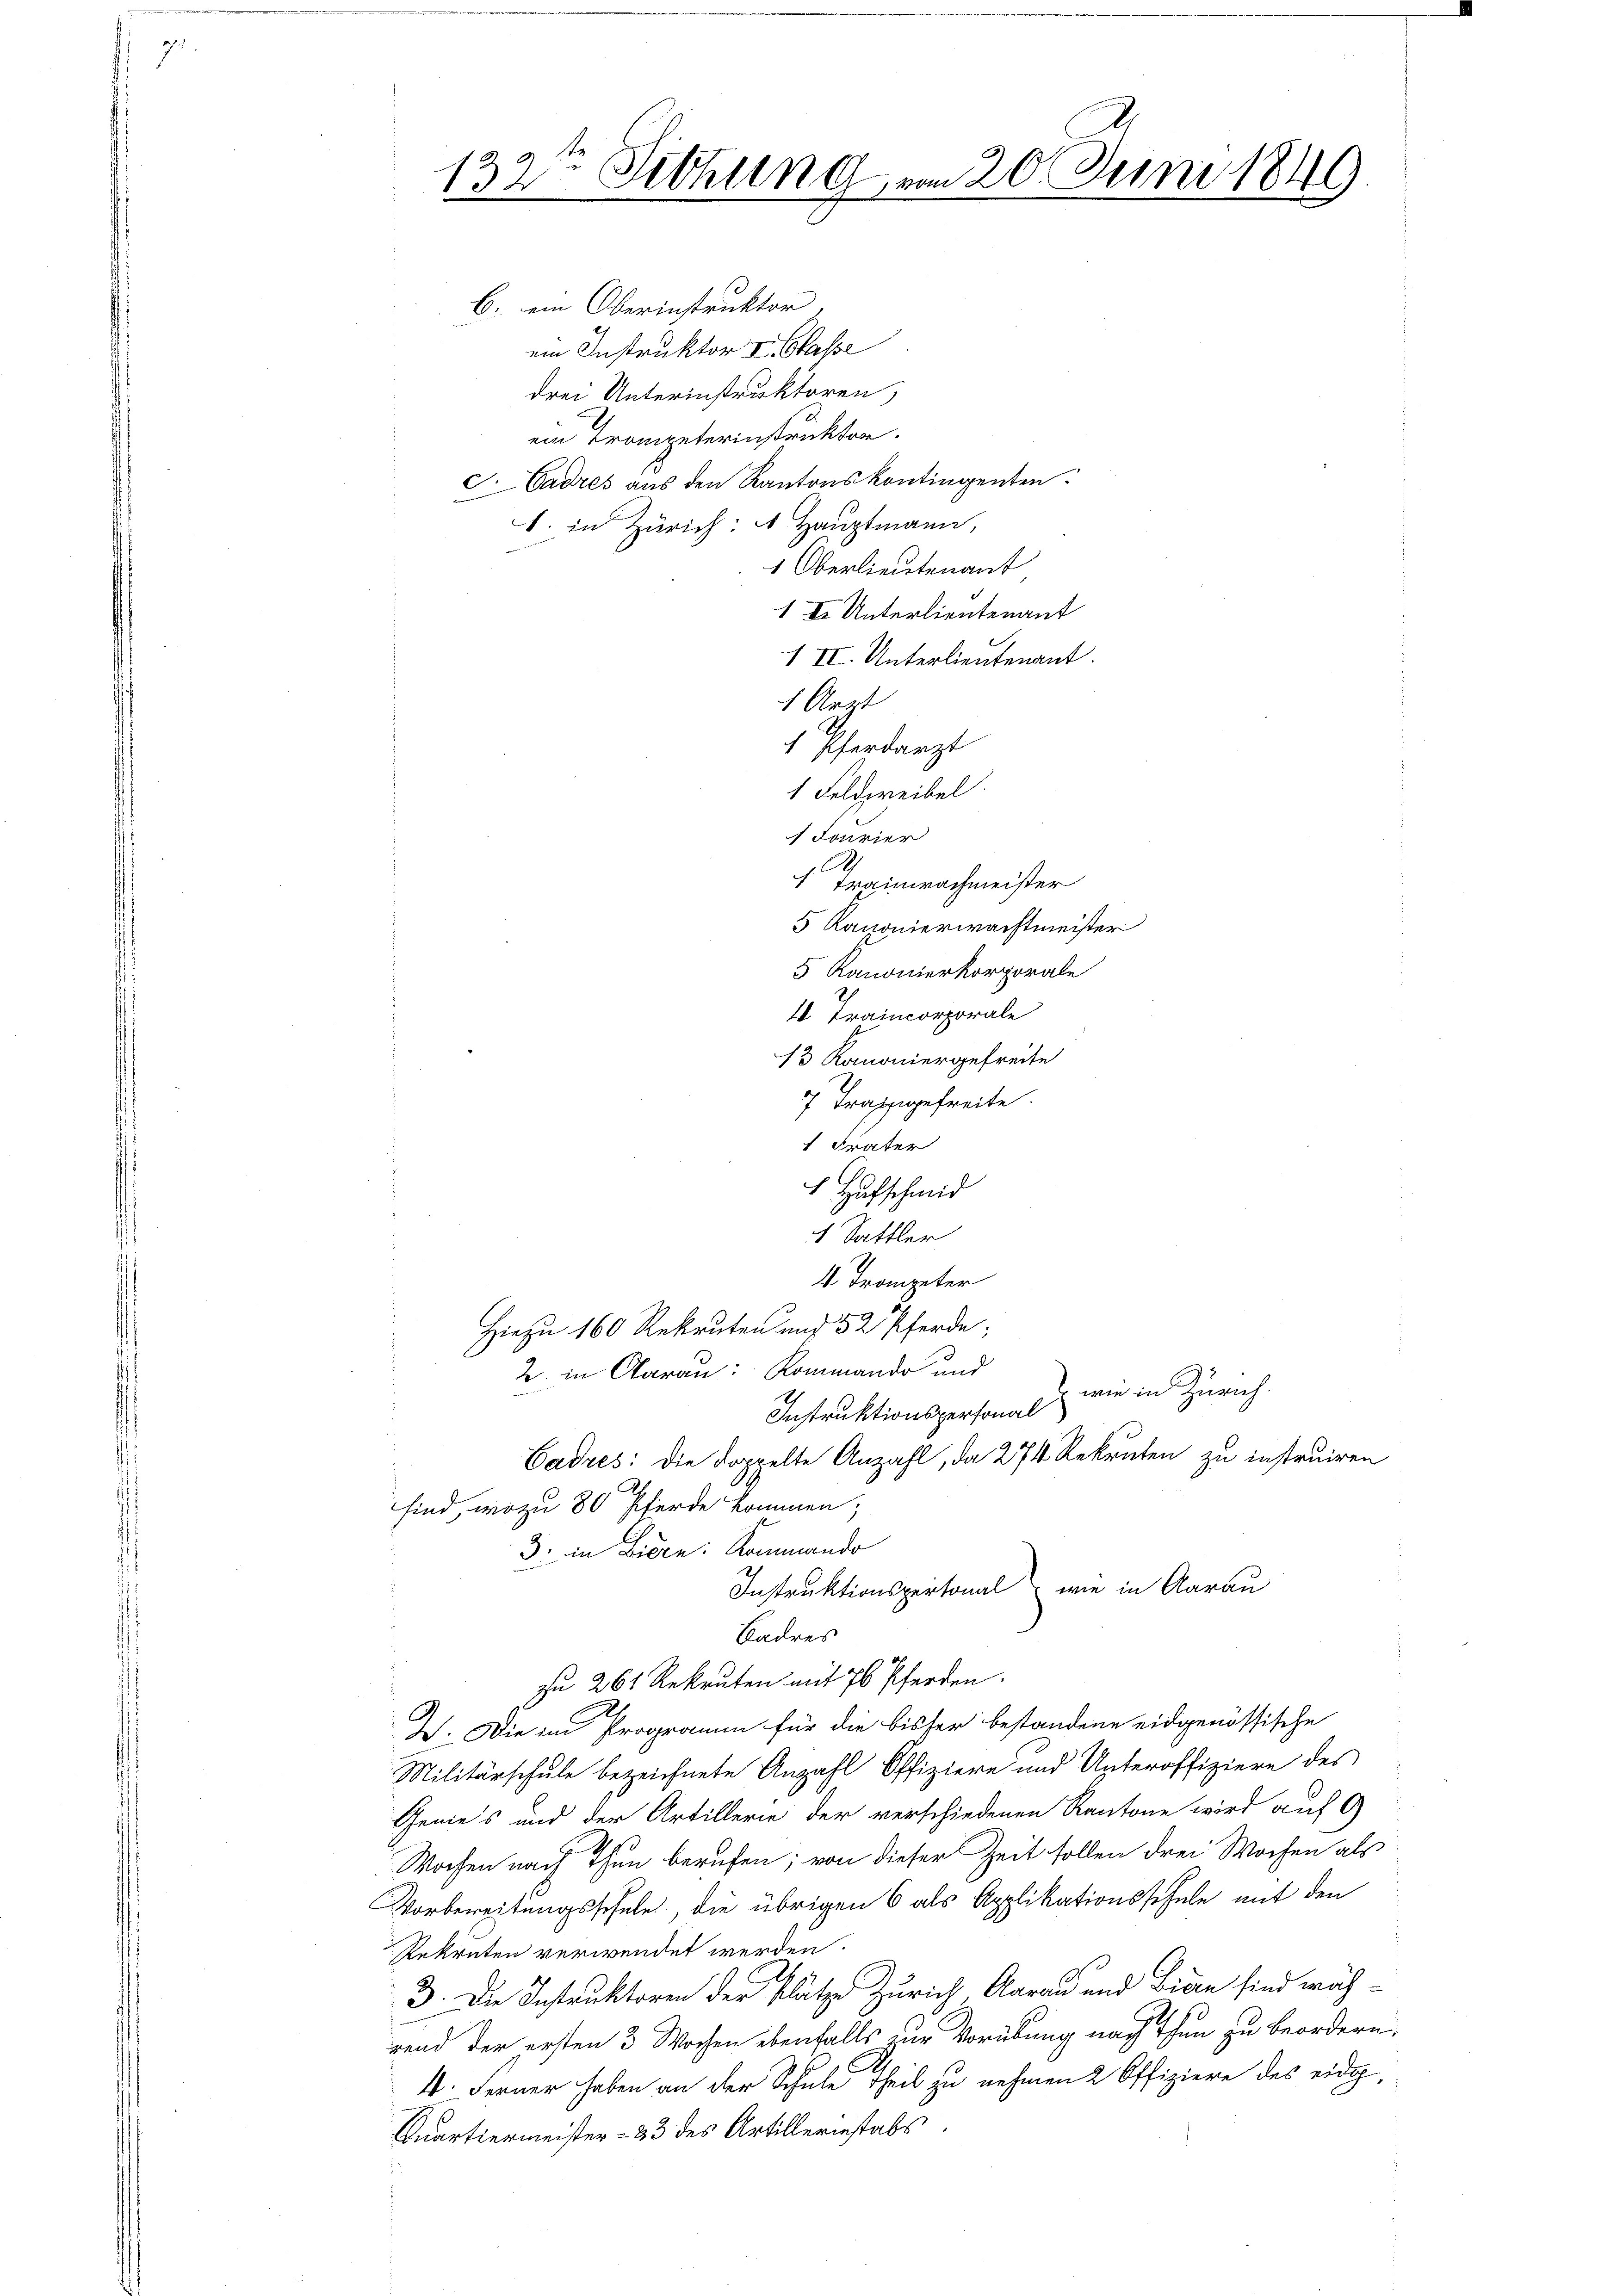
Trainerachmeister
5 Kanonierwachtmeister
5 Kanonierkorporale
 Traincorporale
13 Romoniergefreite
7 Traggefreite.
1 Frater

4 Trompeter
Hiezu 160 Rekruten und 52 Pferde;
2. in Aarau: Kommando und
wie in Zürich.
Instruktionspersonal
Cadres: die doppelte Anzahl, da 274 Rekruten zu instruiren
sind, wozu 80 Pferde kommen;
3. in Biere: Kommando
Instruktionspertonal, wie in Aarau
Badres
zu 262 Rekruten mit 76 Pferden.

9 Se
13 Tithung vom 20. Juni 1849
e
6. ein Oberinstruktor
ein Instruktor v. Classe
drei Unterinstruktoren,
ein Trompeterinstruktor.
S. Cadres aus den Kantonskontingenten.
1. in Zürich: 4 Hauptmann,

1 Oberlieutenant
1 I Unterlieutenant
1 II. Unterlieutenant.
1 Ärzt
1 Pferdarzt
1 Feldweibel.

Ich. Die im Programm für die bisher bestandene eidgenössische
Militärschule bezeichnete Anzahl Offiziere und Unteroffiziere des
Genies und der Artillerie der verschiedenen Kantone wird auf 9
Wochen nach Thun berufen; von dieser Zeit sollen drei Wochen als
Vorbereitungsschule, die übrigen 6 als Applikationsschule mit den
Rekruten verwendet werden.
192
3. Die Instruktoren der Platze Zürich Aarau und Bian sind wäh-
rend der ersten 3 Wochen ebenfalls zur Vorübung nach Thun zu beordern,
4. Ferner haben an der Schule Theil zu nehmen 2 Offiziere des eidg,
Quartiermeister - 33 des Artilleriestabs
e

1 Jourier

1 Hufschmid
1 Sattler